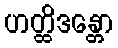
ဟတ္ထိဒန္တော